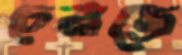
চেনাতে